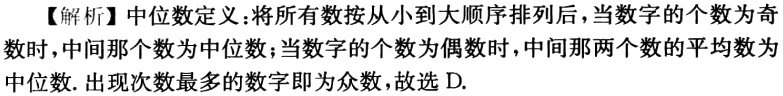
【解析】中位数定义：将所有数按从小到大顺序排列后，当数字的个数为奇数时，中间那个数为中位数；当数字的个数为偶数时，中间那两个数的平均数为中位数. 出现次数最多的数字即为众数，故选 D.